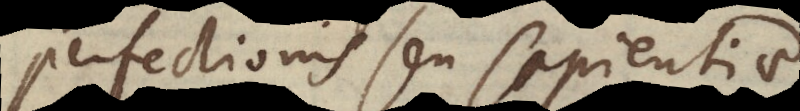
perfectionis seu sapientiae.